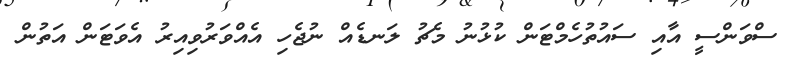
ސްވަންސީ އާއި ސައުތުހެމްޓަން ކުޅުނު މެޗު ލަނޑެއް ނުޖެހި އެއްވަރުވިއިރު އެވަޓަން އަތުން